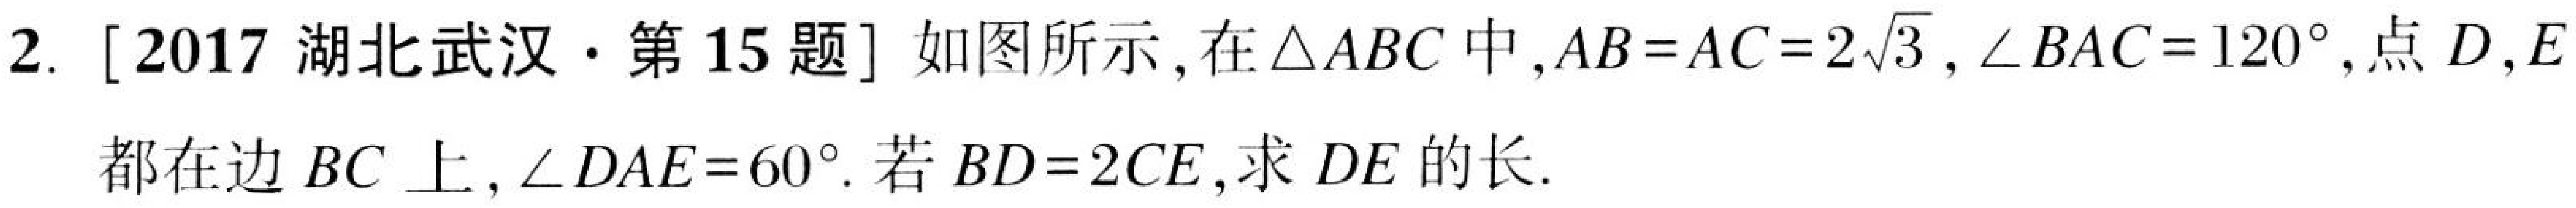
2. [2017 湖北武汉·第 15 题] 如图所示, 在\(\triangle ABC\)中,\(AB = AC = 2\sqrt{3}\),\(\angle BAC = 120^{\circ}\),点\(D,E\)都在边 \(BC\) 上,\(\angle DAE = 60^{\circ}\). 若 \(BD = 2CE\),求 \(DE\) 的长.